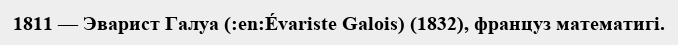
1811 — Эварист Галуа (:en:Évariste Galois) (1832), француз математигі.